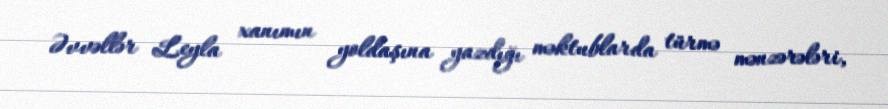
Əvvəllər Leyla xanımın yoldaşına yazdığı məktublarda türmə mənzərələri,